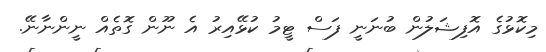
މިކޮޅުގެ އޮފިޝަލުން ބުނަނީ ފަސް ޓީމު ކުޅޭއިރު އެ ނޫން ގޮތެއް ނީންނާނޭ.